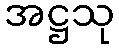
အဋ္ဌသု